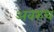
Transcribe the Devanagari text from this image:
अवरुध